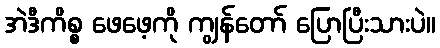
အဲဒီကိစ္စ ဖေဖေ့ကို ကျွန်တော် ပြောပြီးသားပဲ။